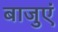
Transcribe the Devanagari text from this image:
बाजुएं